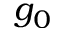
g _ { 0 }